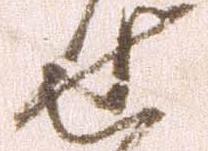
せ